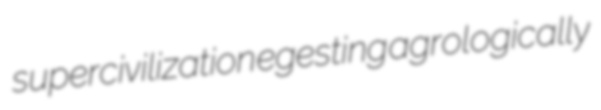
supercivilization egesting agrologically